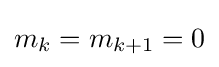
m_{k}=m_{k+1}=0